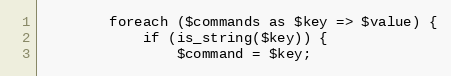
Language: PHP
        foreach ($commands as $key => $value) {
            if (is_string($key)) {
                $command = $key;